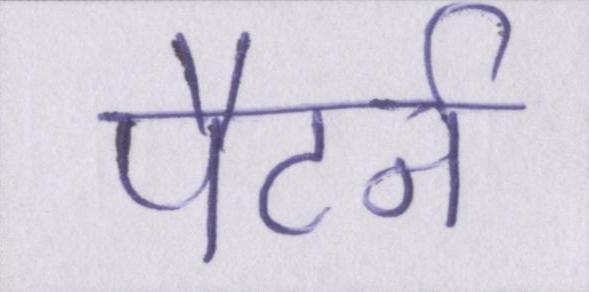
पैटर्न